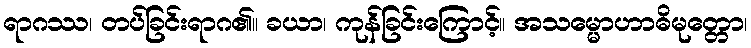
ရာဂဿ၊ တပ်ခြင်းရာဂ၏။ ခယာ၊ ကုန်ခြင်းကြောင့်။ အသမ္မောဟာဓိမုတ္တော၊